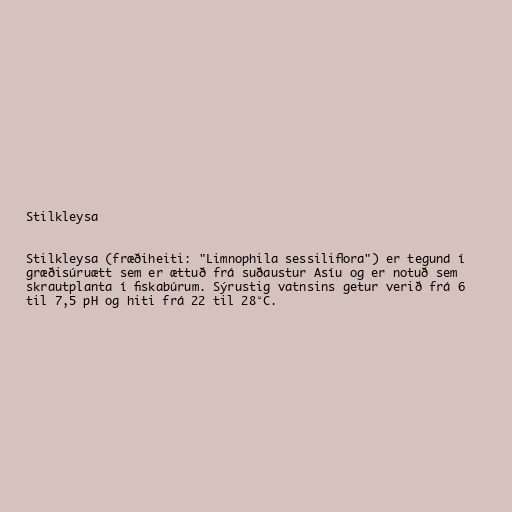
Stilkleysa

Stilkleysa (fræðiheiti: "Limnophila sessiliflora") er tegund í
græðisúruætt sem er ættuð frá suðaustur Asíu og er notuð sem
skrautplanta í fiskabúrum. Sýrustig vatnsins getur verið frá 6
til 7,5 pH og hiti frá 22 til 28°C.